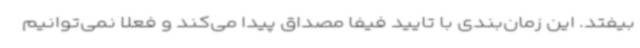
بیفتد. این زمان‌بندی با تایید فیفا مصداق پیدا می‌کند و فعلا نمی‌توانیم